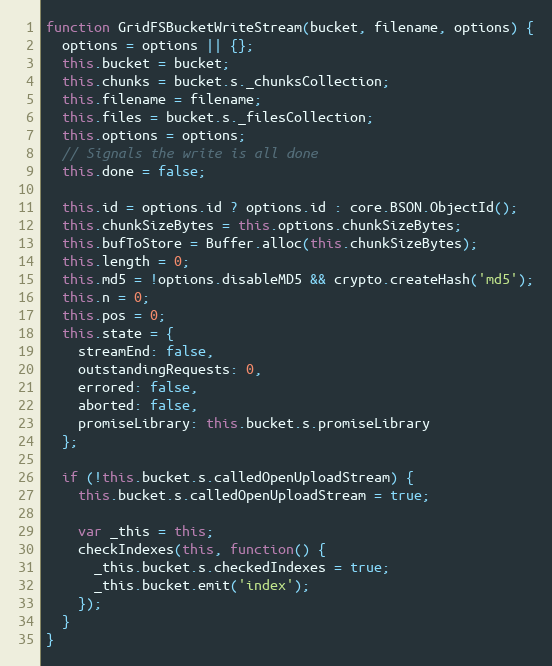
Language: JavaScript
function GridFSBucketWriteStream(bucket, filename, options) {
  options = options || {};
  this.bucket = bucket;
  this.chunks = bucket.s._chunksCollection;
  this.filename = filename;
  this.files = bucket.s._filesCollection;
  this.options = options;
  // Signals the write is all done
  this.done = false;

  this.id = options.id ? options.id : core.BSON.ObjectId();
  this.chunkSizeBytes = this.options.chunkSizeBytes;
  this.bufToStore = Buffer.alloc(this.chunkSizeBytes);
  this.length = 0;
  this.md5 = !options.disableMD5 && crypto.createHash('md5');
  this.n = 0;
  this.pos = 0;
  this.state = {
    streamEnd: false,
    outstandingRequests: 0,
    errored: false,
    aborted: false,
    promiseLibrary: this.bucket.s.promiseLibrary
  };

  if (!this.bucket.s.calledOpenUploadStream) {
    this.bucket.s.calledOpenUploadStream = true;

    var _this = this;
    checkIndexes(this, function() {
      _this.bucket.s.checkedIndexes = true;
      _this.bucket.emit('index');
    });
  }
}